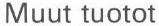
Muut tuotot